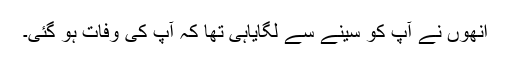
انھوں نے آپ کو سینے سے لگایاہی تھا کہ آپ کی وفات ہو گئی۔